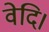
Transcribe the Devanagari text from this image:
वेदि।